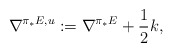
\begin{align*}\nabla^{\pi_*E, u}:=\nabla^{\pi_*E}+\frac{1}{2}k,\end{align*}